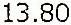
13.80